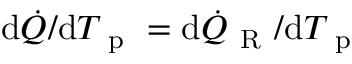
\mathrm { d } \dot { Q } / \mathrm { d } T _ { \mathrm { ~ p ~ } } = \mathrm { d } \dot { Q } _ { \mathrm { ~ R ~ } } / \mathrm { d } T _ { \mathrm { ~ p ~ } }